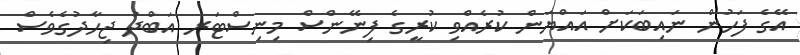
އޭގެ ފަހުން ނައިބަކަަށް އައްޔަން ކުރެއްވި ކުރީގެ ފިނޭންސް މިނިސްޓަރ އަބްދު ޖިހާދުގެވެސް